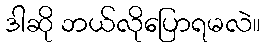
ဒါဆို ဘယ်လိုပြောရမလဲ။